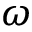
\omega